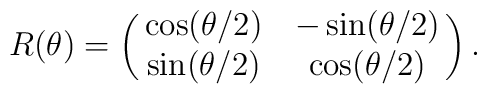
R(\theta) = \pmatrix{\cos(\theta/2) & -\sin(\theta/2)\cr \sin(\theta/2) & \cos(\theta/2)} .